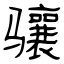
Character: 骧